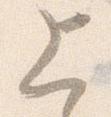
上